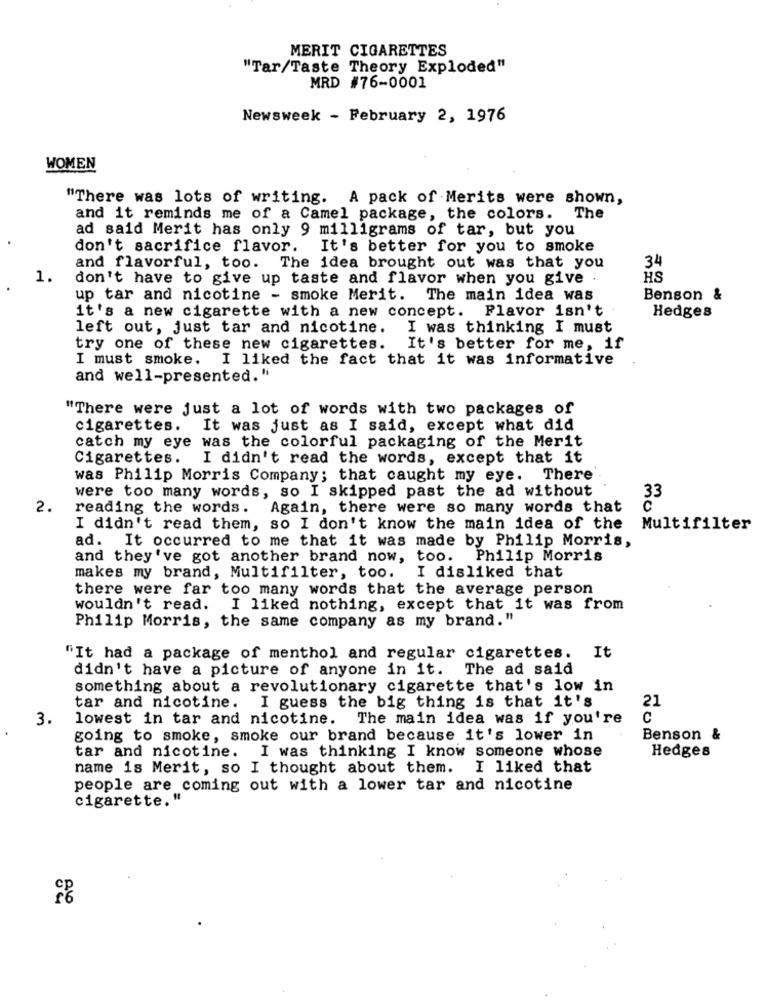
MERIT CIGARETTES
"Tar/Taste Theory Exploded"
MRD #76-0001
Newsweek - February 2, 1976
WOMEN
"There was lots of writing. A pack of Merits were shown,
and it reminds me of a Camel package, the colors. The
ad said Merit has only 9 milligrams of tar, but you
don't sacrifice flavor. It's better for you to smoke
and flavorful, too. The idea brought out was that you
34
1.
don't have to give up taste and flavor when you give .
HS
up tar and nicotine - smoke Merit. The main idea was
Benson &
it's a new cigarette with a new concept. Flavor isn't
Hedges
left out, just tar and nicotine.
I was thinking I must
try one of these new cigarettes. It's better for me, if
I must smoke. I liked the fact that it was informative
and well-presented."
"There were just a lot of words with two packages of
cigarettes. It was just as I said, except what did
catch my eye was the colorful packaging of the Merit
Cigarettes.
I didn't read the words, except that it
was Philip Morris Company; that caught my eye. There'
were too many words, so I skipped past the ad without
33
2.
reading the words. Again, there were so many words that
I didn't read them, so I don't know the main idea of the
Multifilter
ad.
It occurred to me that it was made by Philip Morris,
and they've got another brand now, too.
Philip Morris
makes my brand, Multifilter, too. I disliked that
there were far too many words that the average person
wouldn't read. I liked nothing, except that it was from
Philip Morris, the same company as my brand."
"It had a package of menthol and regular cigarettes. It
didn't have a picture of anyone in it. The ad said
something about a revolutionary cigarette that's low in
21
tar and nicotine. I guess the big thing is that it's
3.
lowest in tar and nicotine. The main idea was if you're
C
going to smoke, smoke our brand because it's lower in
Benson &
tar and nicotine. I was thinking I know someone whose
Hedges
name is Merit, so I thought about them.
I liked that
people are coming out with a lower tar and nicotine
cigarette."